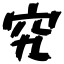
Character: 究